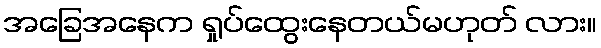
အခြေအနေက ရှုပ်ထွေးနေတယ်မဟုတ် လား။